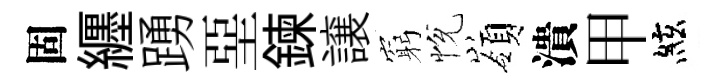
固纒踴堊鍊譲窮恱嶺潰甲絃